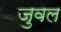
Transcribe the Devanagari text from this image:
जुवल